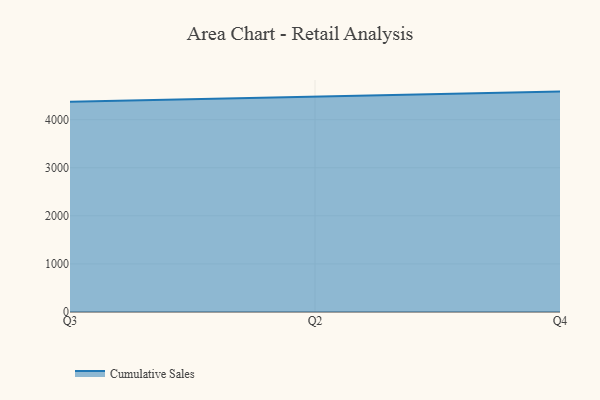
{"axis": {"x": "Quarter", "y": "Budget (USD K)"}, "legend": ["Cumulative Sales"], "data": [{"x": "Q3", "y": 4372.0, "type": "Cumulative Sales"}, {"x": "Q2", "y": 4482.3, "type": "Cumulative Sales"}, {"x": "Q4", "y": 4584.7, "type": "Cumulative Sales"}]}